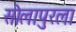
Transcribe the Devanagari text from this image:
सोलापुरला